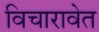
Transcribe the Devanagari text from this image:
विचारावेत